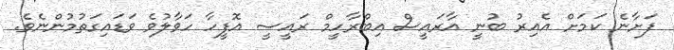
ފަށާނެ ކަމަށް އެއިރު ބުނީ އާރައީސް އިބްރާހީމް ރައީސީ އޮފީހާ ހަވާލުވެ ވަޑައިގަތުމުންނެވެ.